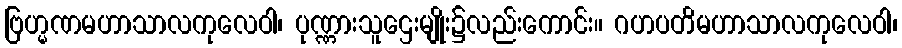
ဗြဟ္မဏမဟာသာလကုလေဝါ၊ ပုဏ္ဏားသူဌေးမျိုး၌လည်းကောင်း။ ဂဟပတိမဟာသာလကုလေဝါ၊